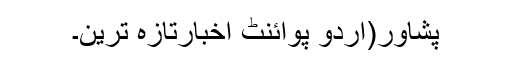
پشاور(اُردو پوائنٹ اخبارتازہ ترین۔